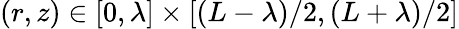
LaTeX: (r,z)\in[0,\lambda]\times[(L-\lambda)/2,(L+\lambda)/2]